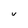
Character: v